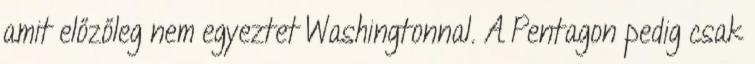
amit előzőleg nem egyeztet Washingtonnal. A Pentagon pedig csak